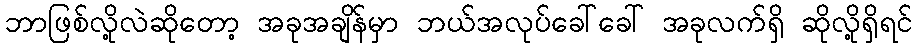
ဘာဖြစ်လို့လဲဆိုတော့ အခုအချိန်မှာ ဘယ်အလုပ်ခေါ်ခေါ် အခုလက်ရှိ ဆိုလို့ရှိရင်